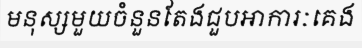
មនុស្សមួយចំនួនតែងជួបអាការៈគេង